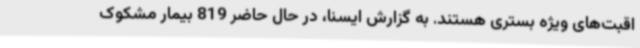
اقبت‌های ویژه بستری هستند. به گزارش ایسنا، در حال حاضر 819 بیمار مشکوک